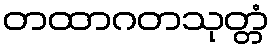
တထာဂတသုတ္တံ